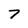
Character: 7